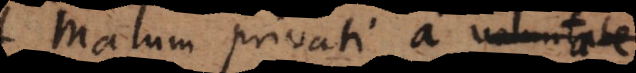
Malum privati a voluntate